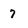
Character: 7